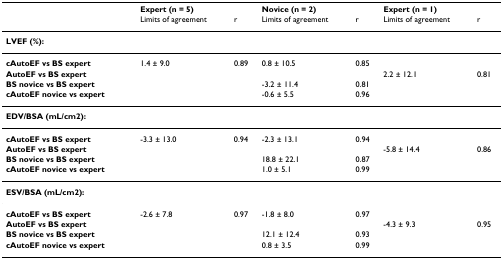
<table><thead><tr><td></td><td><b>Expert (n = 5)</b></td><td></td><td><b>Novice (n = 2)</b></td><td></td><td><b>Expert (n = 1)</b></td><td></td></tr><tr><td></td><td><b>Limits of agreement</b></td><td><b>r</b></td><td><b>Limits of agreement</b></td><td><b>r</b></td><td><b>Limits of agreement</b></td><td><b>r</b></td></tr></thead><tbody><tr><td><b>LVEF (%):</b></td><td></td><td></td><td></td><td></td><td></td><td></td></tr><tr><td><b>cAutoEF vs BS expert</b></td><td>1.4 ± 9.0</td><td>0.89</td><td>0.8 ± 10.5</td><td>0.85</td><td></td><td></td></tr><tr><td><b>AutoEF vs BS expert</b></td><td></td><td></td><td></td><td></td><td>2.2 ± 12.1</td><td>0.81</td></tr><tr><td><b>BS novice vs BS expert</b></td><td></td><td></td><td>-3.2 ± 11.4</td><td>0.81</td><td></td><td></td></tr><tr><td><b>cAutoEF novice vs expert</b></td><td></td><td></td><td>-0.6 ± 5.5</td><td>0.96</td><td></td><td></td></tr><tr><td><b>EDV/BSA (mL/cm2):</b></td><td></td><td></td><td></td><td></td><td></td><td></td></tr><tr><td><b>cAutoEF vs BS expert</b></td><td>-3.3 ± 13.0</td><td>0.94</td><td>-2.3 ± 13.1</td><td>0.94</td><td></td><td></td></tr><tr><td><b>AutoEF vs BS expert</b></td><td></td><td></td><td></td><td></td><td>-5.8 ± 14.4</td><td>0.86</td></tr><tr><td><b>BS novice vs BS expert</b></td><td></td><td></td><td>18.8 ± 22.1</td><td>0.87</td><td></td><td></td></tr><tr><td><b>cAutoEF novice vs expert</b></td><td></td><td></td><td>1.0 ± 5.1</td><td>0.99</td><td></td><td></td></tr><tr><td><b>ESV/BSA (mL/cm2):</b></td><td></td><td></td><td></td><td></td><td></td><td></td></tr><tr><td><b>cAutoEF vs BS expert</b></td><td>-2.6 ± 7.8</td><td>0.97</td><td>-1.8 ± 8.0</td><td>0.97</td><td></td><td></td></tr><tr><td><b>AutoEF vs BS expert</b></td><td></td><td></td><td></td><td></td><td>-4.3 ± 9.3</td><td>0.95</td></tr><tr><td><b>BS novice vs BS expert</b></td><td></td><td></td><td>12.1 ± 12.4</td><td>0.93</td><td></td><td></td></tr><tr><td><b>cAutoEF novice vs expert</b></td><td></td><td></td><td>0.8 ± 3.5</td><td>0.99</td><td></td><td></td></tr></tbody></table>